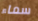
سماء